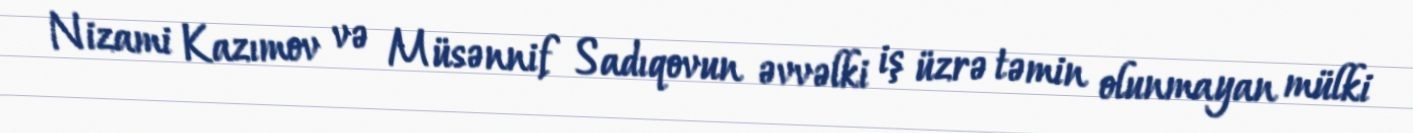
Nizami Kazımov və Müsənnif Sadıqovun əvvəlki iş üzrə təmin olunmayan mülki